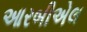
આરબીએલ